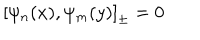
\left[ \psi _ { n } ( x ) , \psi _ { m } ( y ) \right] _ { \pm } = 0 \quad